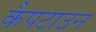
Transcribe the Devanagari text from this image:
कैपटाउन